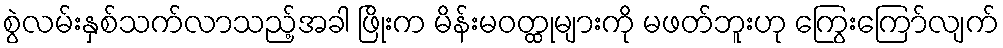
စွဲလမ်းနှစ်သက်လာသည့်အခါ ဖြိုးက မိန်းမဝတ္ထုများကို မဖတ်ဘူးဟု ကြွေးကြော်လျက်